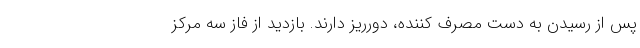
پس از رسیدن به دست مصرف کننده، دورریز دارند. بازدید از فاز سه مرکز